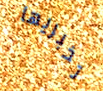
تخبريها